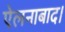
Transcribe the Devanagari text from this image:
ऐलनाबाद।